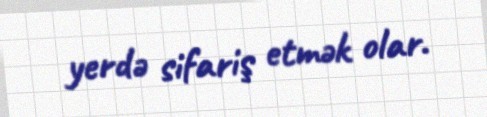
yerdə sifariş etmək olar.